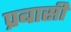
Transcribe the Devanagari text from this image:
प्रबासी